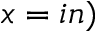
x = i n )